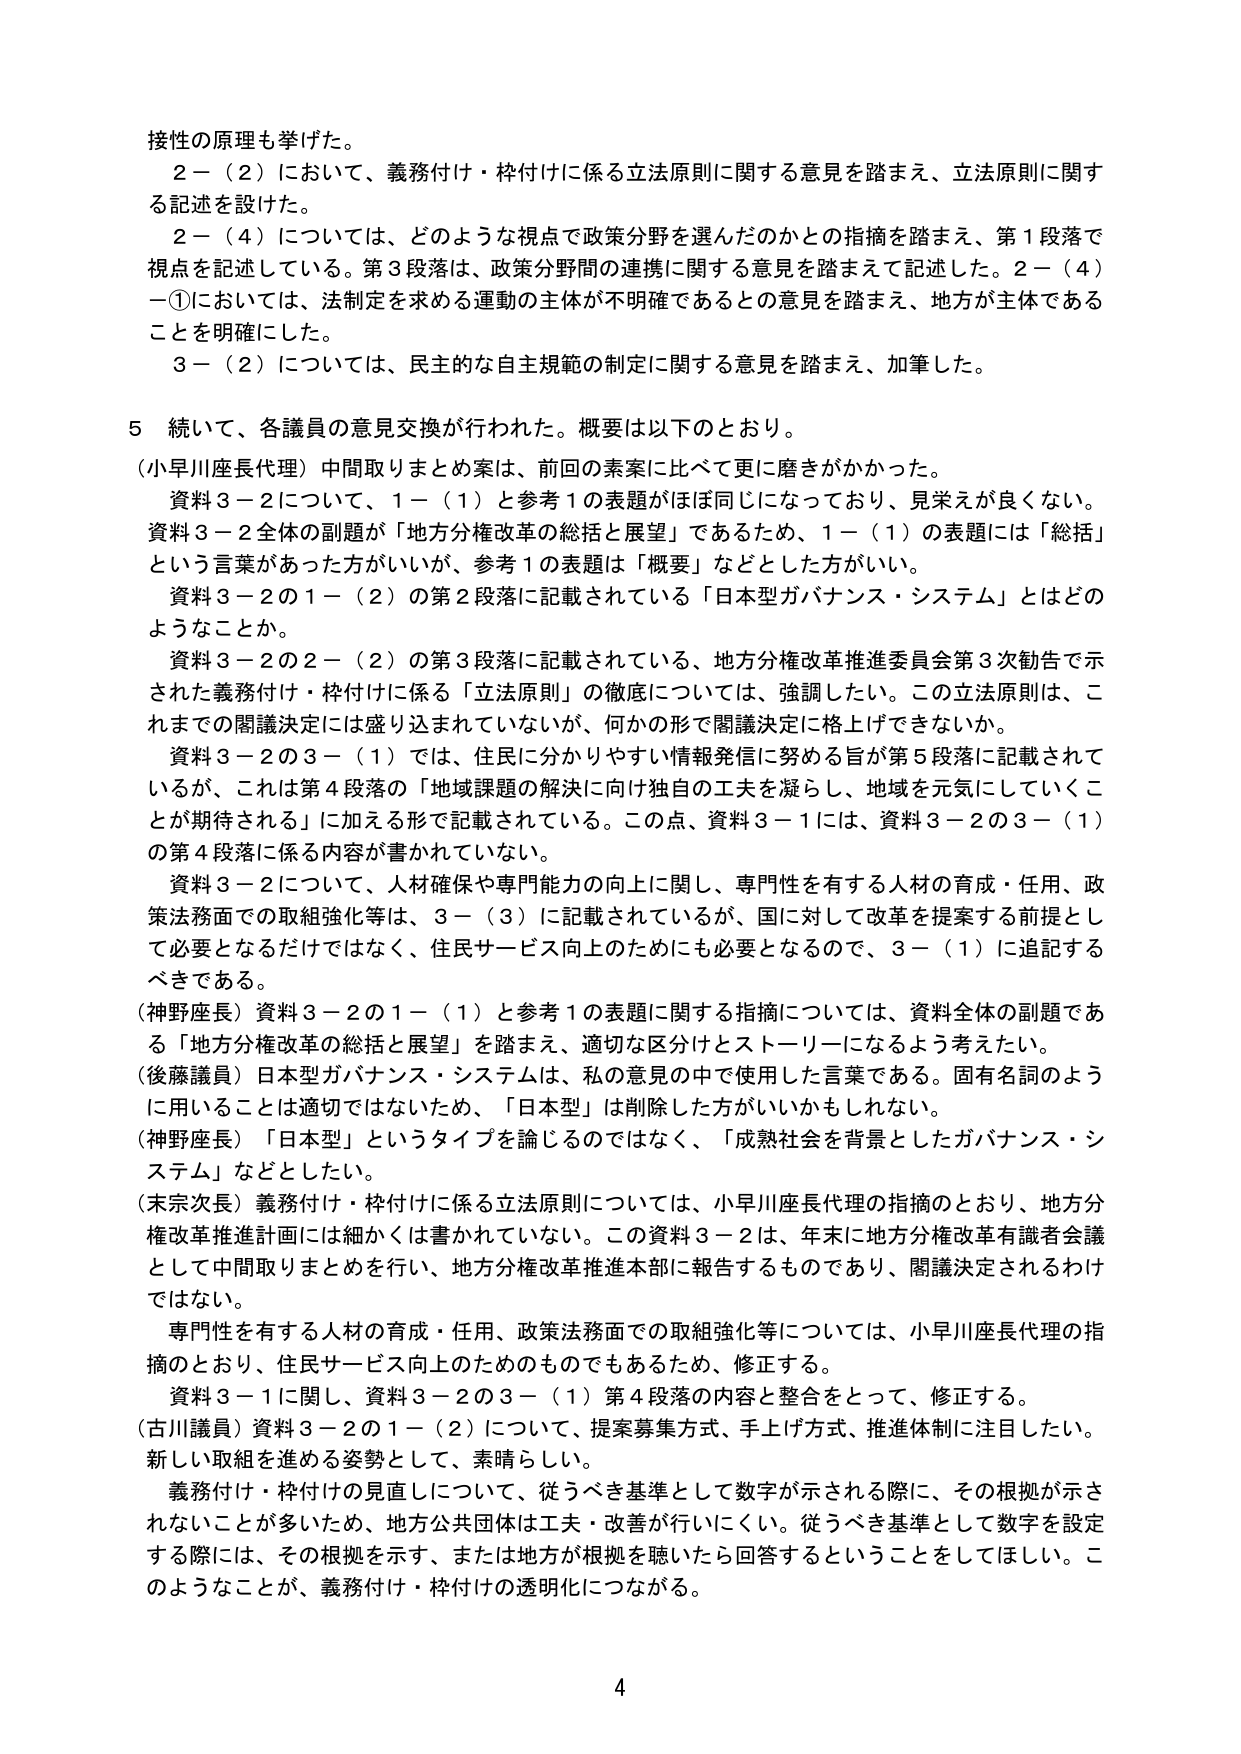
接性の原理も挙げた。

２－（２）において、義務付け・枠付けに係る立法原則に関する意見を踏まえ、立法原則に関する記述を設けた。

２－（４）については、どのような視点で政策分野を選んだのかとの指摘を踏まえ、第１段落で視点を記述している。第３段落は、政策分野間の連携に関する意見を踏まえて記述した。２－（４）－①においては、法制定を求める運動の主体が不明確であるとの意見を踏まえ、地方が主体であることを明確にした。

３－（２）については、民主的な自主規範の制定に関する意見を踏まえ、加筆した。

５　続いて、各議員の意見交換が行われた。概要は以下のとおり。

（小早川座長代理）中間取りまとめ案は、前回の素案に比べて更に磨きがかかった。

　資料３－２について、１－（１）と参考１の表題がほぼ同じになっており、見栄えが良くない。資料３－２全体の副題が「地方分権改革の総括と展望」であるため、１－（１）の表題には「総括」という言葉があった方がいいが、参考１の表題は「概要」などとした方がいい。

　資料３－２の１－（２）の第２段落に記載されている「日本型ガバナンス・システム」とはどのようなことか。

　資料３－２の２－（２）の第３段落に記載されている、地方分権改革推進委員会第３次勧告で示された義務付け・枠付けに係る「立法原則」の徹底については、強調したい。この立法原則は、これまでの閣議決定には盛り込まれていないが、何かの形で閣議決定に格上げできないか。

　資料３－２の３－（１）では、住民に分かりやすい情報発信に努める旨が第５段落に記載されているが、これは第４段落の「地域課題の解決に向け独自の工夫を凝らし、地域を元気にしていくことが期待される」に加える形で記載されている。この点、資料３－１には、資料３－２の３－（１）の第４段落に係る内容が書かれていない。

　資料３－２について、人材確保や専門能力の向上に関し、専門性を有する人材の育成・任用、政策法務面での取組強化等は、３－（３）に記載されているが、国に対して改革を提案する前提として必要となるだけではなく、住民サービス向上のためにも必要となるので、３－（１）に追記するべきである。

（神野座長）資料３－２の１－（１）と参考１の表題に関する指摘については、資料全体の副題である「地方分権改革の総括と展望」を踏まえ、適切な区分けとストーリーになるよう考えたい。

（後藤議員）日本型ガバナンス・システムは、私の意見の中で使用した言葉である。固有名詞のように用いることは適切ではないため、「日本型」は削除した方がいいかもしれない。

（神野座長）「日本型」というタイプを論じるのではなく、「成熟社会を背景としたガバナンス・システム」などとしたい。

（末宗次長）義務付け・枠付けに係る立法原則については、小早川座長代理の指摘のとおり、地方分権改革推進計画には細かくは書かれていない。この資料３－２は、年末に地方分権改革有識者会議として中間取りまとめを行い、地方分権改革推進本部に報告するものであり、閣議決定されるわけではない。

　専門性を有する人材の育成・任用、政策法務面での取組強化等については、小早川座長代理の指摘のとおり、住民サービス向上のためのものでもあるため、修正する。

　資料３－１に関し、資料３－２の３－（１）第４段落の内容と整合をとって、修正する。

（古川議員）資料３－２の１－（２）について、提案募集方式、手上げ方式、推進体制に注目したい。新しい取組を進める姿勢として、素晴らしい。

　義務付け・枠付けの見直しについて、従うべき基準として数字が示される際に、その根拠が示されないことが多いため、地方公共団体は工夫・改善が行いにくい。従うべき基準として数字を設定する際には、その根拠を示す、または地方が根拠を聴いたら回答するということをしてほしい。このようなことが、義務付け・枠付けの透明化につながる。

4